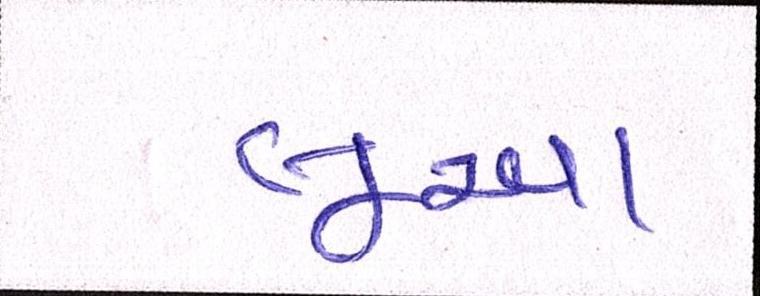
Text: લૂઆ